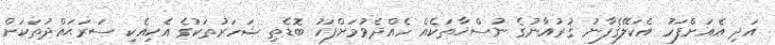
އަދި އެއަށްފަހު އެކަލޭގެފާނު ޤުރުއާނުގެ ނުސްޚާތަކެއް ހެއްދެވުމަށްފަހު ބޮޑެތި ޝަހަރުތަކުގެ އެކިއެކި ސަރަޙައްދުތަކަށް